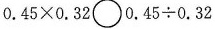
￥￥0 . 4 5 \times 0 . 3 2$$ \circ 0 . 4 5 \div 0 . 3 2$$